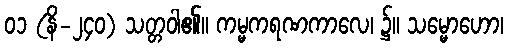
၀၁ (နိ-၂၄၀) သတ္တဝါ၏။ ကမ္မကရဏကာလေ၊ ၌။ သမ္မောဟော၊